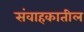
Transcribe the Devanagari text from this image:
संवाहकातील